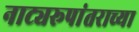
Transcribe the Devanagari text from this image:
नाट्यरूपांतराच्या